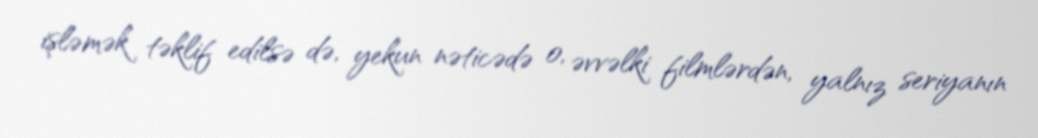
işləmək təklif edilsə də, yekun nəticədə o, əvvəlki filmlərdən, yalnız seriyanın